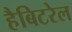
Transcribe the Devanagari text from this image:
हैबिटरेल